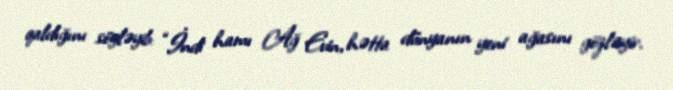
qaldığını söyləyib: “İndi hamı Ağ Evin, hətta dünyanın yeni ağasını gözləyir.